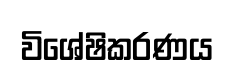
විශේෂිකරණය